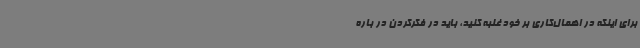
برای اینکه در اهمال‌کاری بر خود غلبه کنید، باید در فکرکردن در باره